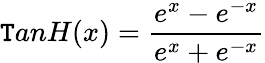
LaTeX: \mathtt{T}anH(x)=\frac{{e^{x}-e^{-x}}}{{e^{x}+e^{-x}}}